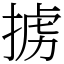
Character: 掳